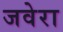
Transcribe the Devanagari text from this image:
जवेरा